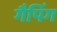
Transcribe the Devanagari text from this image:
गैपिंग